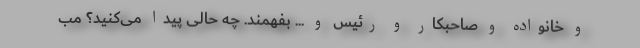
و خانواده و صاحبکار و رئیس و ... بفهمند. چه حالی پیدا می‌کنید؟ مب